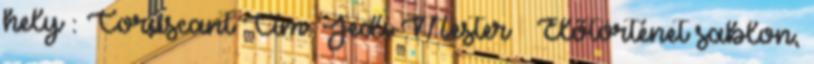
hely : Coruscant Cím: Jedi Mester » Előtörténet sablon,